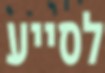
לסייע